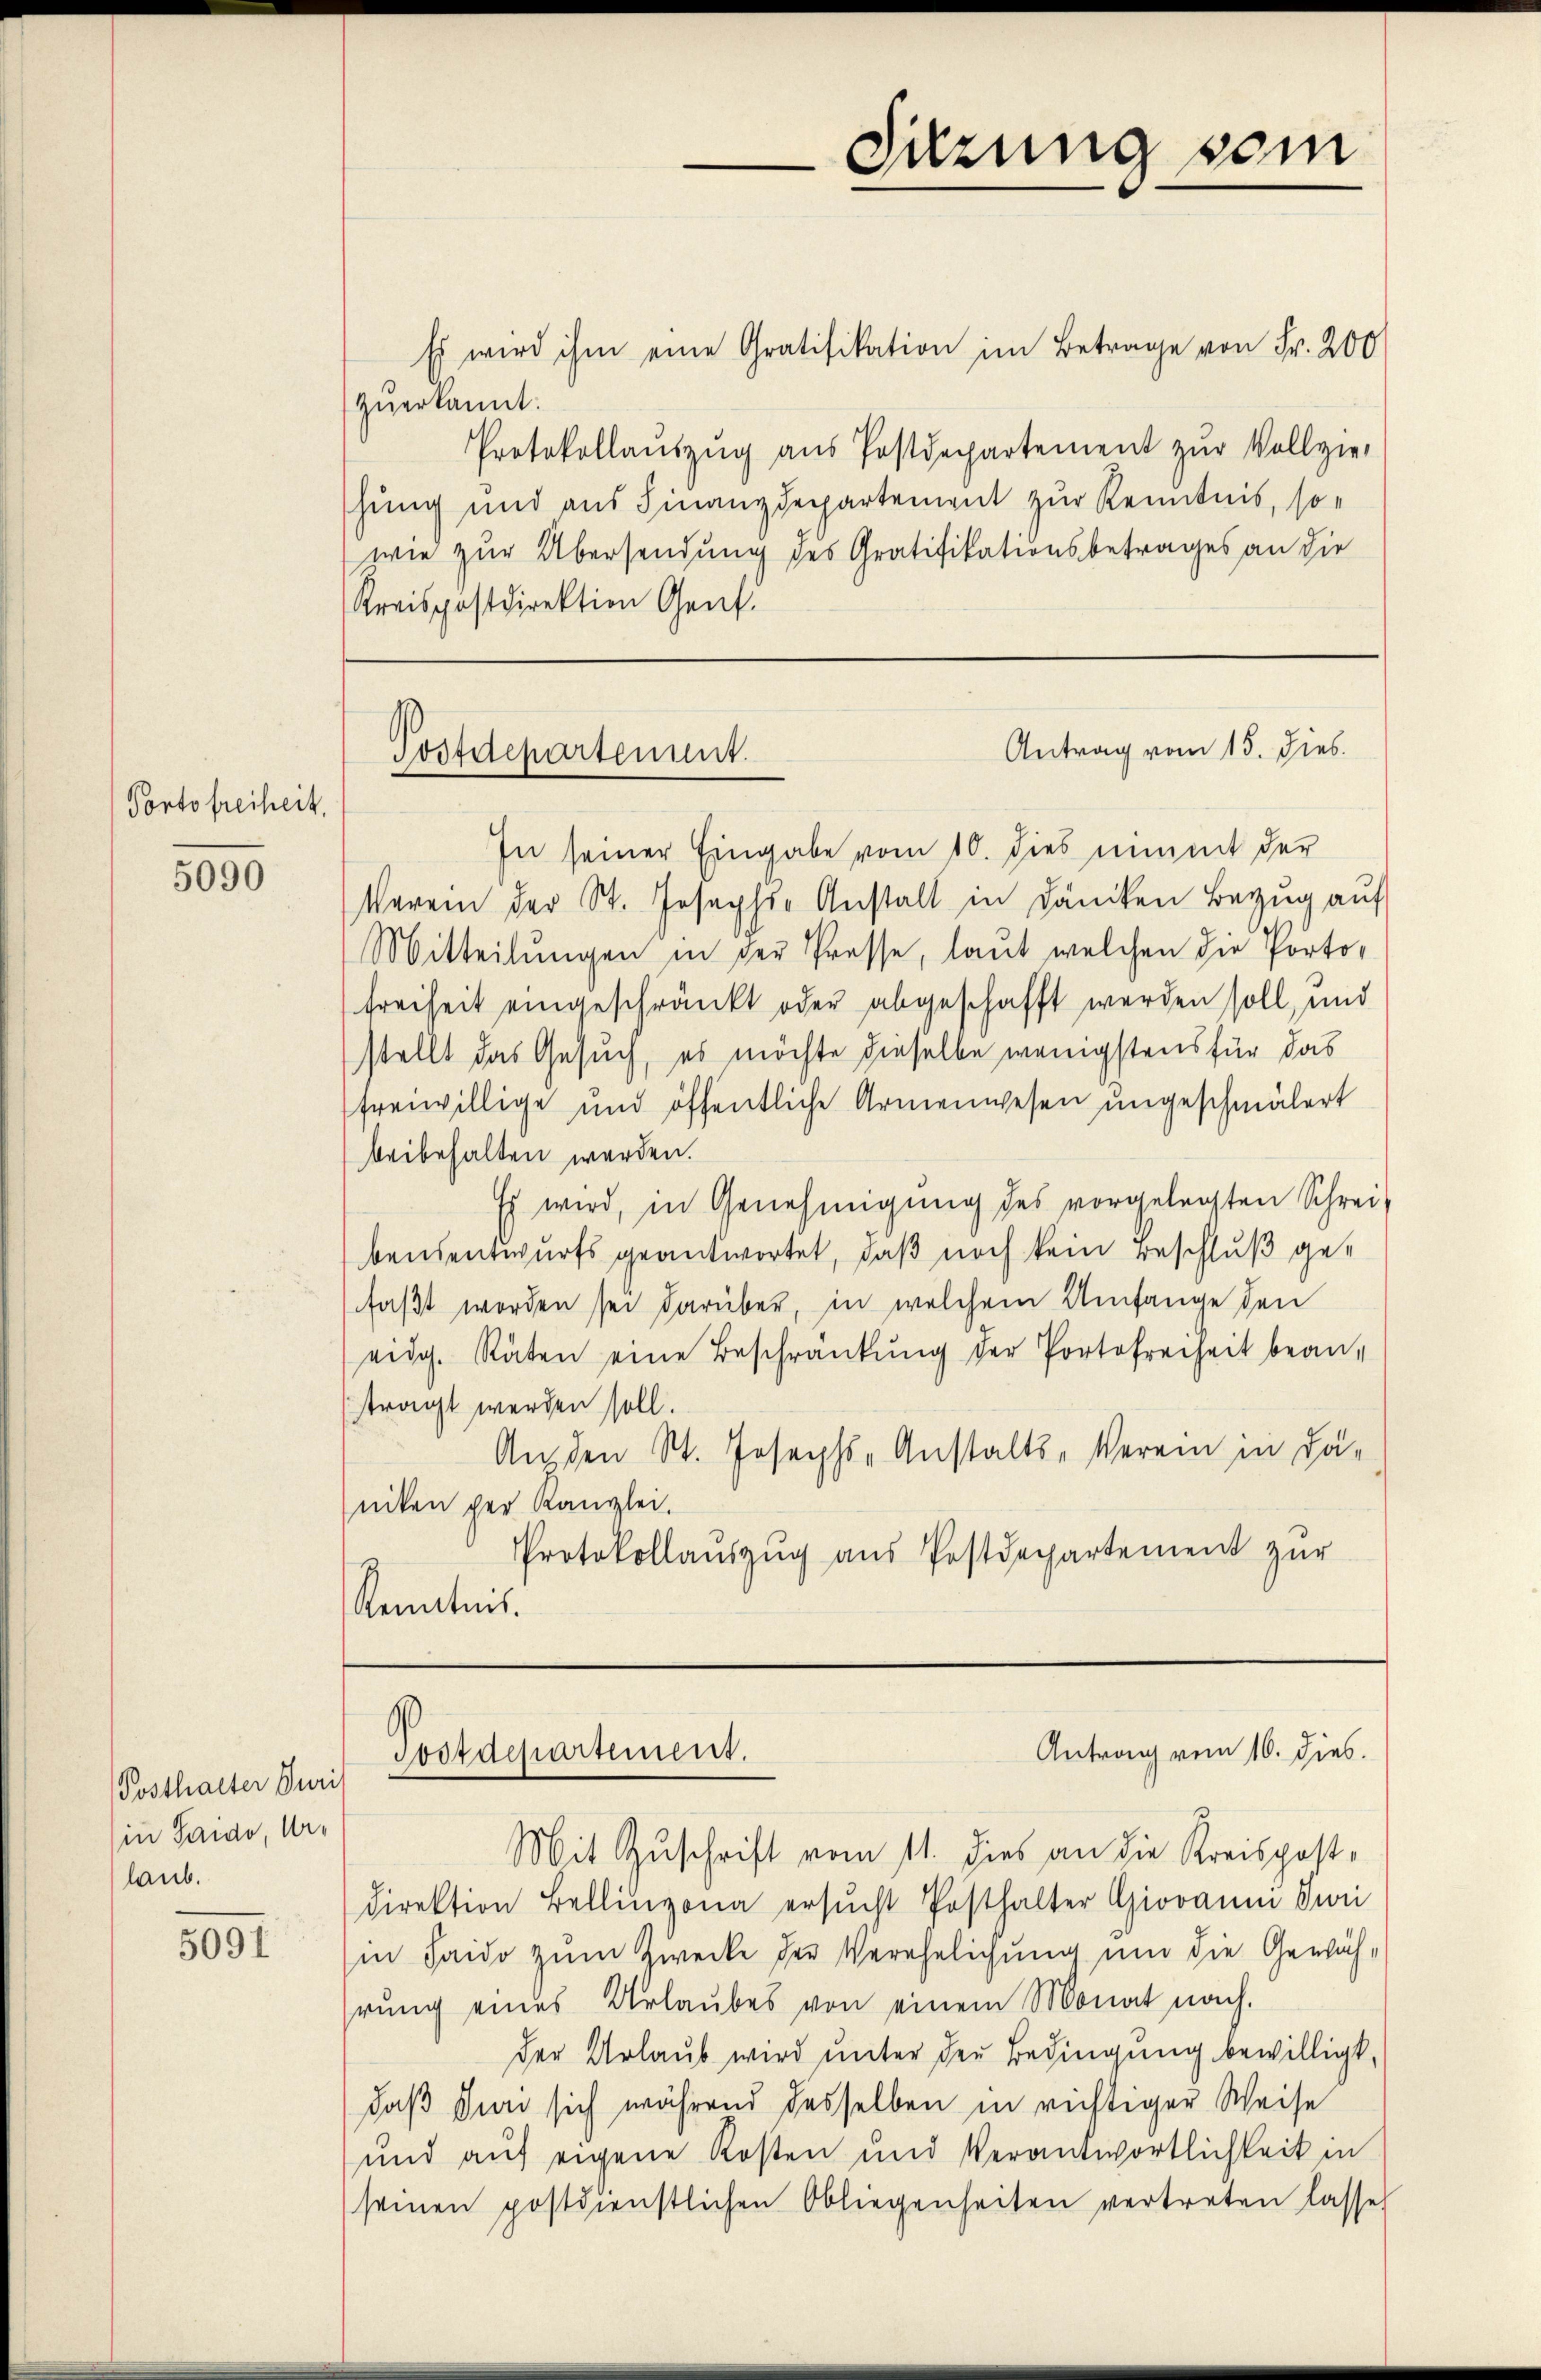
Portofreiheit,

5090

Posthalter Juri
in Saido, Urlaub.

5091

In seiner Eingabe vom 10. dies nimmt der
Waren der St. Joseph Anstalt in Dancken Bezug auf
Mitteilŭngen in der Presse, laut welchen die Porto¬
Freiheit eingeschränkt oder abgeschafft werden soll, und
stellt das Gesuch, es möchte dieselbe wenigstens für das
freiwillige und öffentliche Armenwesen ungeschmälert
beibehalten werden.
Es wird, in Genehmigung des vorgelegten Schrei-
bensentwurfs geantwortet, daß noch kein Beschluß gefaßt worden sei darüber, in welchem Umfange den
eidg. Räten eine Beschränkung der Portofreiheit bean-
stragt werden soll.
Amden St. Josephs-Anstalts-Verein in Däniken der Kanzlei.
Protokollauszug aus Postdepartement zur
Kenntnis.

Es wird ihm eine Gratifikation im Betrage von Fr. 200
zuerkannt:
Protokollaŭszŭg aŭs Postdepartement zŭr Vollzie-
hung und aus Finanzdepartement zur Kenntnis, sowie zur Übersendung des Gratifikationsbetrages an die
Kreispostdirektion Genf.

Mit Zuschrift vom 11. dies an die Kreispost-
direktion Bellinzona ersŭcht Posthalter Giovaum zwei
in Haido zum Zwecke der Verehelichung und die Gewäh-
rung eines Urlaubes von einem Monat nach.
der Urlaub wird unter den Bedingung bewilligt,
daß den sich während desselben in richtiger Weise
und auf eigene Kosten und Verantwortlichkeit in
seinen postdienstlichen Obliegenheiten vertreten lasse

Sitzung sein

Antrag vom 15. dies
Postdepartement.

Antrag vom 16. dies
Tostdepartement.